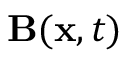
\mathbf { B } ( \mathbf { x } , t )